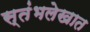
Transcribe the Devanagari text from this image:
स्तंभलेखात